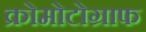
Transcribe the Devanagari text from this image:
क्रोमोटोग्राफ